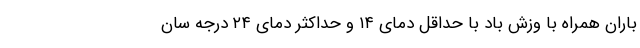
باران همراه با وزش باد با حداقل دمای ۱۴ و حداکثر دمای ۲۴ درجه سان